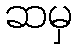
ဆမှ